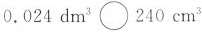
$$0.024 dm^{3} \bigcirc 240 cm^{3}$$